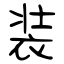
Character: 装